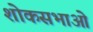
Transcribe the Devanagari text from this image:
शोकसभाओं